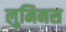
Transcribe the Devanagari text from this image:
लुमिनस